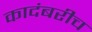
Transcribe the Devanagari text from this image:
कादंबरीच